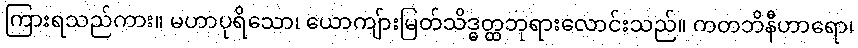
ကြားရသည်ကား။ မဟာပုရိသော၊ ယောကျ်ားမြတ်သိဒ္ဓတ္ထဘုရားလောင်းသည်။ ကတဘိနီဟာရော၊